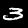
Label: 3